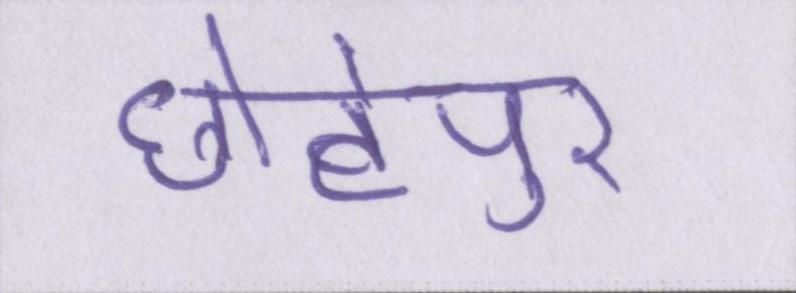
छोटेपुर